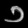
Digit: ၁